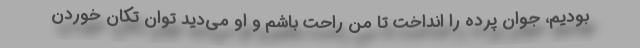
بودیم، جوان پرده را انداخت تا من راحت باشم و او می‌دید توان تکان خوردن